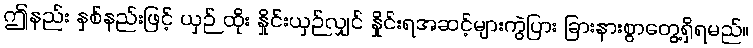
ဤနည်း နှစ်နည်းဖြင့် ယှဉ် ထိုး နှိုင်းယှဉ်လျှင် နှိုင်းရအဆင့်များကွဲပြား ခြားနားစွာတွေ့ရှိရမည်။